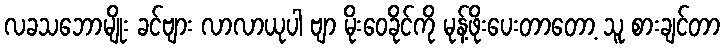
လခသဘောမျိုး ခင်ဗျား လာလာယုပါ ဗျာ မိုးဝေခိုင်ကို မုန့်ဖိုးပေးတာတော့ သူ စားချင်တာ